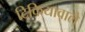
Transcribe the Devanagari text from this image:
टिकियावाले